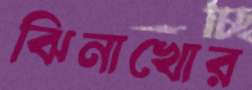
ঝিনাখোর